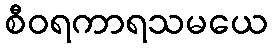
စီဝရကာရသမယေ